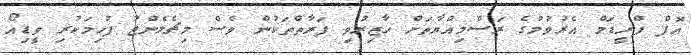
އޮފް ފްރީޑަމް އެރުވުމުގެ ރަސްމިއްޔާތަށް ހާޒިރުވި ފަރާތްތަކުން ވެސް މިޗެލެންޖު ފުހިމަކުރި ވީޑިއޯ